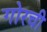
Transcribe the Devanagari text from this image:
गोरची